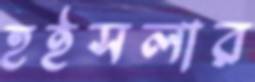
হুইসলার